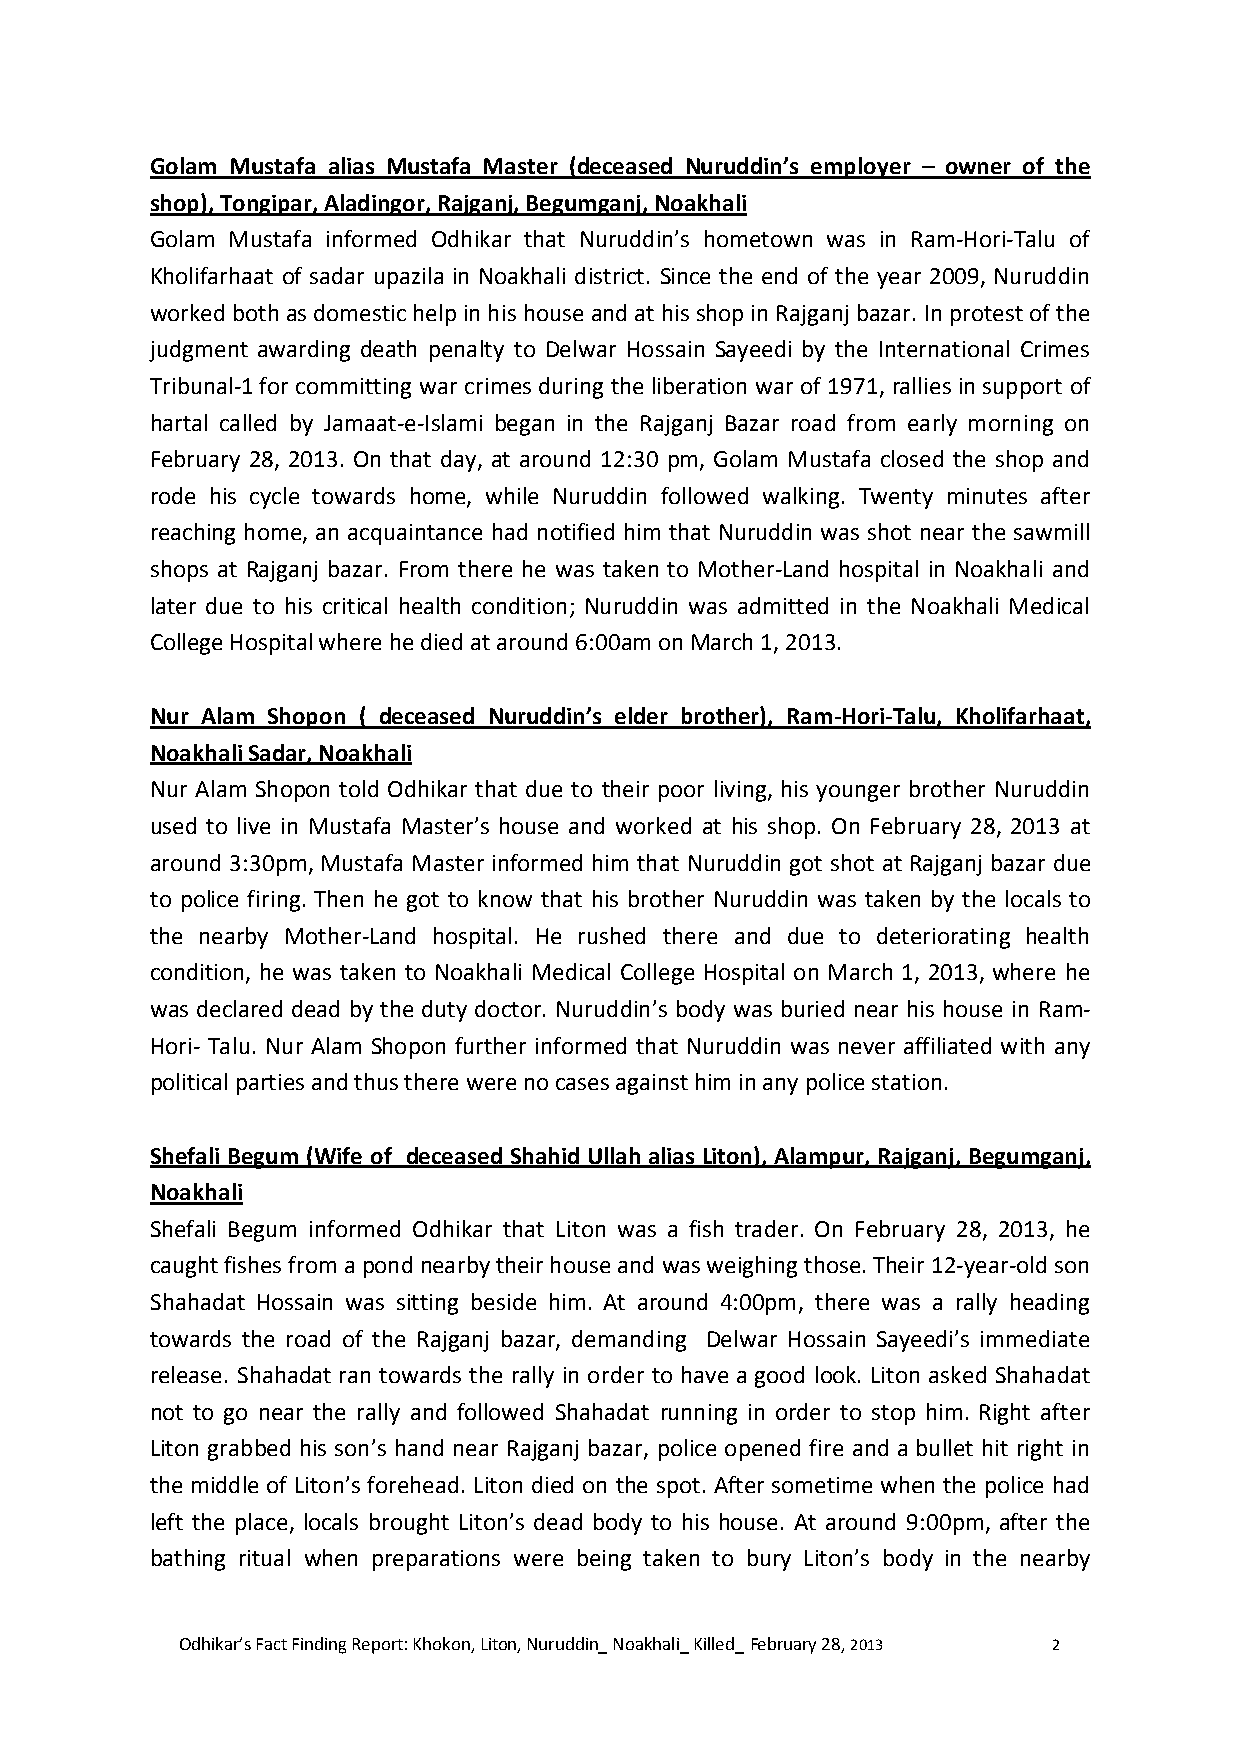
Golam Mustafa alias Mustafa Master (deceased Nuruddin’s employer – owner of the
 shop), Tongipar, Aladingor, Rajganj, Begumganj, Noakhali
 Golam Mustafa informed Odhikar that Nuruddin’s hometown was in Ram-Hori-Talu of
 Kholifarhaat of sadar upazila in Noakhali district. Since the end of the year 2009, Nuruddin
 worked both as domestic help in his house and at his shop in Rajganj bazar. In protest of the
 judgment awarding death penalty to Delwar Hossain Sayeedi by the International Crimes
 Tribunal-1 for committing war crimes during the liberation war of 1971, rallies in support of
 hartal called by Jamaat-e-Islami began in the Rajganj Bazar road from early morning on
 February 28, 2013. On that day, at around 12:30 pm, Golam Mustafa closed the shop and
 rode his cycle towards home, while Nuruddin followed walking. Twenty minutes after
 reaching home, an acquaintance had notified him that Nuruddin was shot near the sawmill
 shops at Rajganj bazar. From there he was taken to Mother-Land hospital in Noakhali and
 later due to his critical health condition; Nuruddin was admitted in the Noakhali Medical
 College Hospital where he died at around 6:00am on March 1, 2013.
 Nur Alam Shopon ( deceased Nuruddin’s elder brother), Ram-Hori-Talu, Kholifarhaat,
 Noakhali Sadar, Noakhali
 Nur Alam Shopon told Odhikar that due to their poor living, his younger brother Nuruddin
 used to live in Mustafa Master’s house and worked at his shop. On February 28, 2013 at
 around 3:30pm, Mustafa Master informed him that Nuruddin got shot at Rajganj bazar due
 to police firing. Then he got to know that his brother Nuruddin was taken by the locals to
 the nearby Mother-Land hospital. He rushed there and due to deteriorating health
 condition, he was taken to Noakhali Medical College Hospital on March 1, 2013, where he
 was declared dead by the duty doctor. Nuruddin’s body was buried near his house in Ram-
 Hori- Talu. Nur Alam Shopon further informed that Nuruddin was never affiliated with any
 political parties and thus there were no cases against him in any police station.
 Shefali Begum (Wife of deceased Shahid Ullah alias Liton), Alampur, Rajganj, Begumganj,
 Noakhali
 Shefali Begum informed Odhikar that Liton was a fish trader. On February 28, 2013, he
 caught fishes from a pond nearby their house and was weighing those. Their 12-year-old son
 Shahadat Hossain was sitting beside him. At around 4:00pm, there was a rally heading
 towards the road of the Rajganj bazar, demanding Delwar Hossain Sayeedi’s immediate
 release. Shahadat ran towards the rally in order to have a good look. Liton asked Shahadat
 not to go near the rally and followed Shahadat running in order to stop him. Right after
 Liton grabbed his son’s hand near Rajganj bazar, police opened fire and a bullet hit right in
 the middle of Liton’s forehead. Liton died on the spot. After sometime when the police had
 left the place, locals brought Liton’s dead body to his house. At around 9:00pm, after the
 bathing ritual when preparations were being taken to bury Liton’s body in the nearby
 Odhikar’s Fact Finding Report: Khokon, Liton, Nuruddin_ Noakhali_ Killed_ February 28, 2013 2